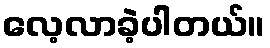
လေ့လာခဲ့ပါတယ်။